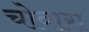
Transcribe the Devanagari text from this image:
चोवारा